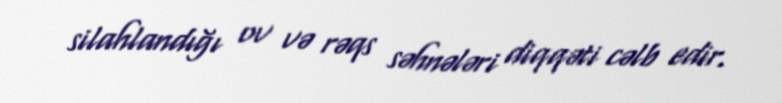
silahlandığı ov və rəqs səhnələri diqqəti cəlb edir.